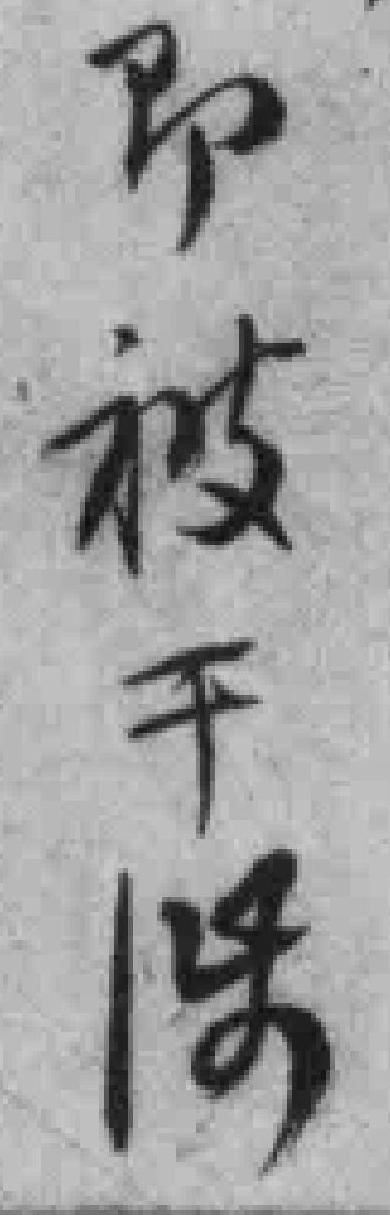
即被干*